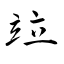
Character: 竝